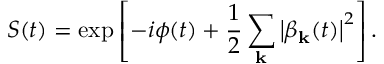
S ( t ) = \exp \left[ - i \phi ( t ) + \frac { 1 } { 2 } \sum _ { \mathbf { k } } \left| \beta _ { \mathbf { k } } ( t ) \right| ^ { 2 } \right] .